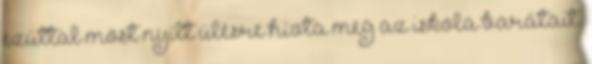
ezúttal most nyílt ülésre hívta meg az iskola barátait.